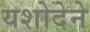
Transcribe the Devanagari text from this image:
यशोदेने